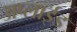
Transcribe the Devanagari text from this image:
अप्‍लाईड